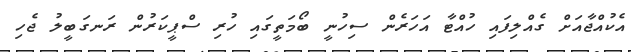
އެކުއްޖާއަށް ގެއްލިފައި ހުއްޓާ އަހަރެން ސިހުނީ ބޯމަތީގައި ހުރި ސްޕީކަރުން ރަނގަބީލު ޖެހި